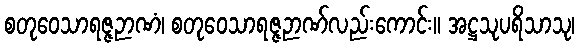
စတုဝေသာရဇ္ဇဉာဏံ၊ စတုဝေသာရဇ္ဇဉာဏ်လည်းကောင်း။ အဋ္ဌသုပရိသာသု၊